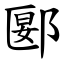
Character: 郾